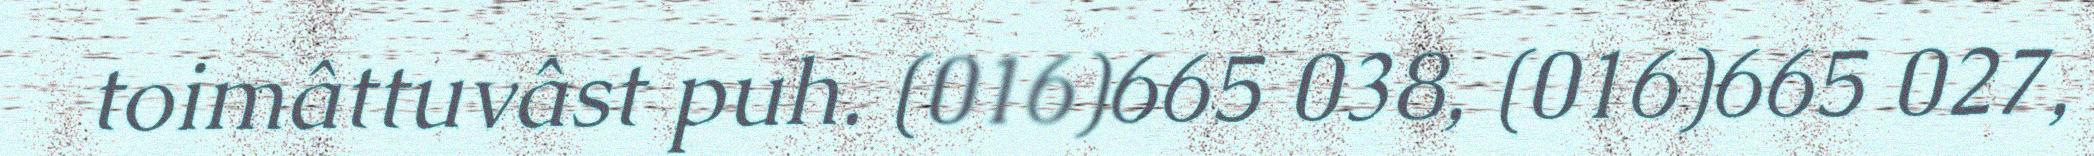
toimâttuvâst puh. (016)665 038, (016)665 027,